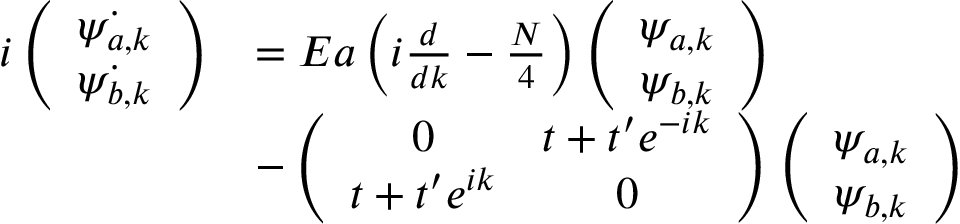
\begin{array} { r l } { i \left( \begin{array} { c } { \dot { \psi _ { a , k } } } \\ { \dot { \psi _ { b , k } } } \end{array} \right) } & { = E a \left( i \frac { d } { d k } - \frac { N } { 4 } \right) \left( \begin{array} { c } { \psi _ { a , k } } \\ { \psi _ { b , k } } \end{array} \right) } \\ & { - \left( \begin{array} { c c } { 0 } & { t + t ^ { \prime } e ^ { - i k } } \\ { t + t ^ { \prime } e ^ { i k } } & { 0 } \end{array} \right) \left( \begin{array} { c } { \psi _ { a , k } } \\ { \psi _ { b , k } } \end{array} \right) } \end{array}